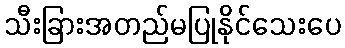
သီးခြားအတည်မပြုနိုင်သေးပေ